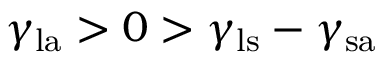
\gamma _ { \mathrm { l a } } > 0 > \gamma _ { \mathrm { l s } } - \gamma _ { \mathrm { s a } }